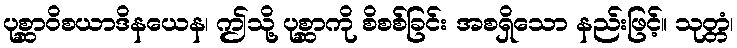
ပုစ္ဆာဝိစယာဒိနယေန၊ ဤသို့ ပုစ္ဆာကို စိစစ်ခြင်း အစရှိသော နည်းဖြင့်။ သုတ္တံ၊